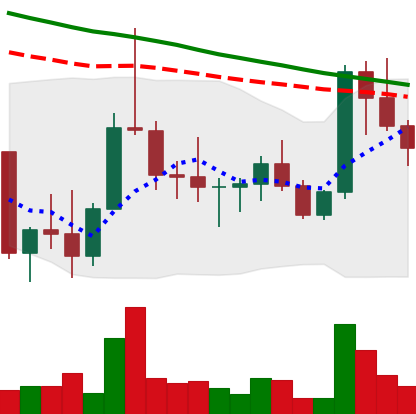
Ticker: DOGE-USD
Chart end date: 2022-10-07
Forward return: -4.051%
Label: down_3_5